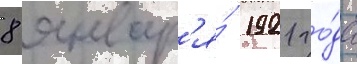
8 январ'я́ 1921 го́да